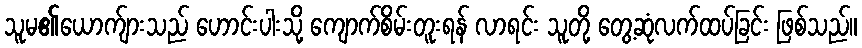
သူမ၏ယောက်ျားသည် ဟောင်းပါးသို့ ကျောက်စိမ်းတူးရန် လာရင်း သူတို့ တွေ့ဆုံလက်ထပ်ခြင်း ဖြစ်သည်။